Scientific memoirs by medical officers of the Army of India - Part V,
Year: 1890
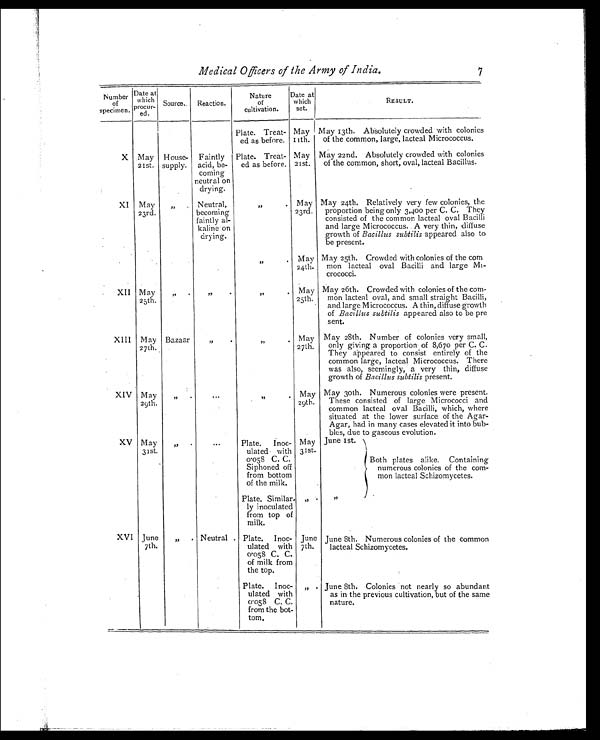
Medical Officers of the Army of India.
7
Number of
specimen.
Date at
which
procur- Source.
Reaction.
Nature
of
cultivation.
Date at
which
set.
RESULT.
Plate. Treat-
ed as before.
May
11th.
May 13th. Absolutely crowded with colonies
of the common, large, lacteal Micrococcus.
X May
21st.
House-
supply.
Faintly
acid, be-
coming
neutral on
drying.
Plate. Treat-
ed as before.
May
21st.
May 22nd. Absolutely crowded with colonies
of the common, short, oval, lacteal Bacillus.
XI May
23rd.
,, . Neutral,
becoming
faintly al-
kaline on
drying.
, ,
.
May
23rd.
May 24th. Relatively very few colonies, the
proportion being only 3,400 per C. C. They
consisted of the common lacteal oval Bacilli
and large Micrococcus.. A very thin, diffuse
growth of Bacillus subtilis appeared also to
be present.
, ,
.
May
24th.
May 25th. Crowded with colonies of the com
mon lacteal oval Bacilli and large Mi-
crococci.
XII May
25th.
, ,
.
, ,
.
, ,
.
May
25th
May 26th. Crowded with colonies of the com-
mon lacteal oval, and small straight Bacilli,
and large Micrococcus. A thin, diffuse growth
of Bacillus subtilis appeared also to be pre
sent.
XIII May
271h.
Bazaar
, ,
.
, ,
.
May
27th.
May 28th. Number of colonies very small,
only giving a proportion of 8,670 per C. C.
They appeared to consist entirely of the
common large, lacteal Micrococcus. There
was also, seemingly, a very thin, diffuse
growth of Bacillus subtilis present.
XIV May
29th.
, ,
.
...
, ,
.
May
29th.
May 30th. Numerous colonies were present.
These consisted of large Micrococci and
common lacteal oval Bacilli, which, where
situated at the lower surface of the Agar-
Agar, had in many cases elevated it into bub-
bles, due to gaseous evolution.
XV May
31st.
, ,
.
, ,
.
Plate. Inoc-
ulated with
0.058 C. C.
Siphoned off
from bottom
of the milk.
May
31st.
June 1st.
Both plates alike. Containing
numerous colonies of the corn-
mon lacteal Schizomycetes.
Plate, Similar.
ly inoculated
from top of
milk.
, ,
.
, ,
.
XVI June
7th.
, ,
.
Neutral . Plate. Inoc-
ulated with
0.058 C. C.
of milk from
the top.
June
7th.
June 8th. Numerous colonies of the common
lacteal Schizomycetes.
Plate. Inoc-
ulated with
0.058 C. C.
from the bot-
tom.
, ,
.
June 8th. Colonies not nearly so abundant
as in the previous cultivation, but of the same
nature.